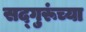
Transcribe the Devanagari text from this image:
सद्‍गुरूंच्या